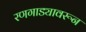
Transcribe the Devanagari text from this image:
रणगाड्यावरून